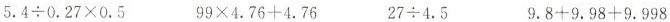
$$5 . 4 \div 0 . 2 7 \times 0 . 5$$ $$9 9 \times 4 . 7 6 + 4 . 7 6$$ $$2 . 7 \div 4 . 5$$ $$9 . 8 + 9 . 9 8 - 9 . 9 9 8$$